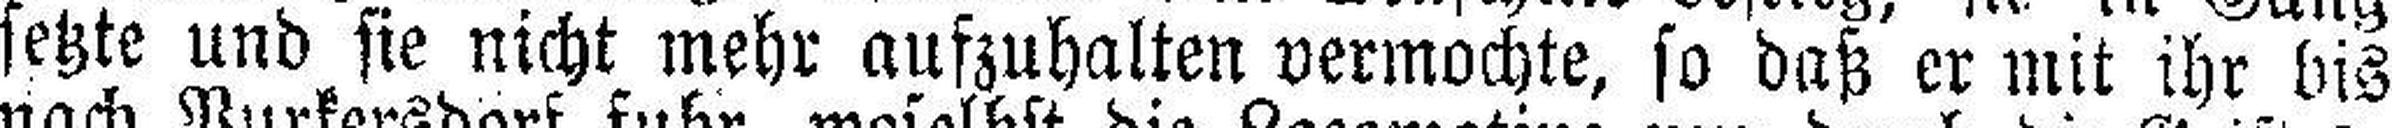
setzte und sie nicht mehr aufzuhalten vermochte, so daß er mit ihr bis